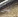
لي